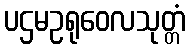
ပဌမဥရုဝေလသုတ္တံ